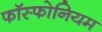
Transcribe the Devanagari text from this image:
फॉस्फोनियम